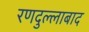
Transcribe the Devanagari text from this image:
रणदुल्लाबाद